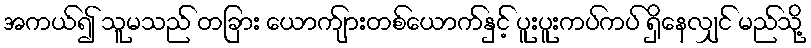
အကယ်၍ သူမသည် တခြား ယောက်ျားတစ်ယောက်နှင့် ပူးပူးကပ်ကပ် ရှိနေလျှင် မည်သို့